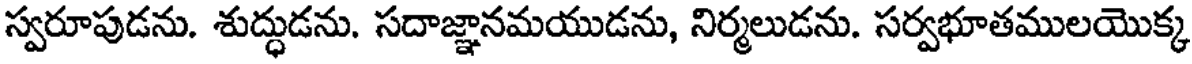
స్వరూపుడను. శుద్ధుడను. సదాజ్ఞానమయుడను, నిర్మలుడను. సర్వభూతములయొక్క